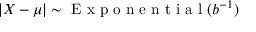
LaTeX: \left| X - \mu \right| \sim { \textrm { E x p o n e n t i a l } } ( b ^ { - 1 } )